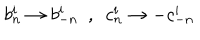
b _ { n } ^ { i } \rightarrow b _ { - n } ^ { i } \ \ , \ \ c _ { n } ^ { i } \rightarrow - c _ { - n } ^ { i }